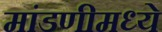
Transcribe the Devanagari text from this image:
मांडणीमध्‍ये